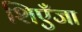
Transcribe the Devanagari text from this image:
शिएँजा